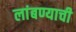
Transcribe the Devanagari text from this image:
लांबण्याची